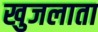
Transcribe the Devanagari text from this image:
खुजलाता